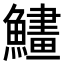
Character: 𩻽